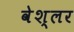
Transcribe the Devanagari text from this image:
वेश्लर